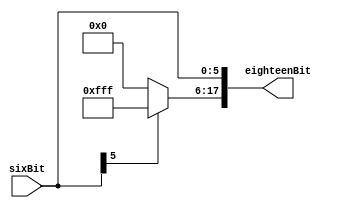
module signExtender(
  input [5:0] sixBit,
  output [17:0] eighteenBit
);
  
  assign eighteenBit[17:6] = (sixBit[5]) ? {12'b1111_1111_1111} : {12'b0000_0000_0000};
  assign eighteenBit[5:0] = sixBit;
  
endmodule